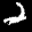
Label: 2